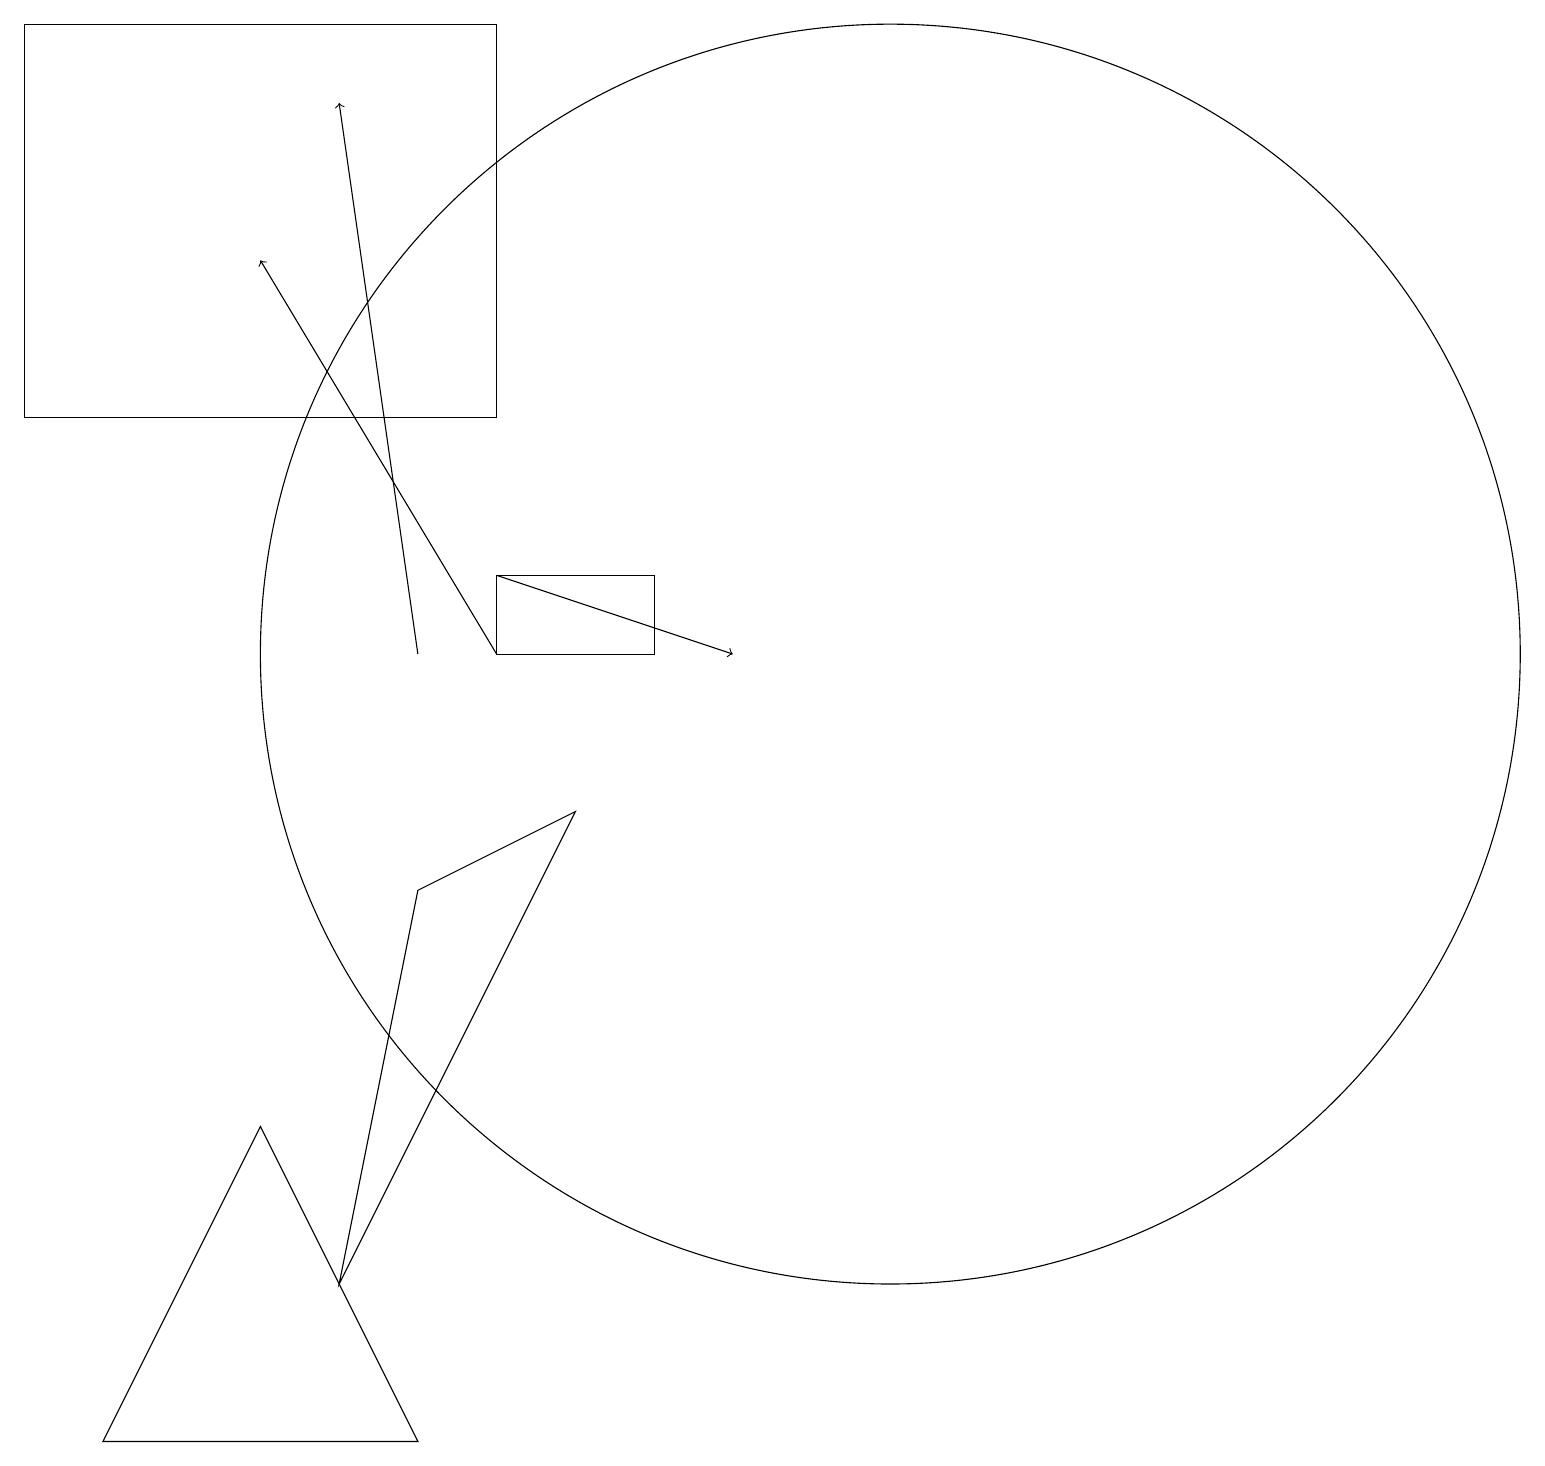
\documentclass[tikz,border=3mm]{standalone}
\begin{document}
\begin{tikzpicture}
\draw[->] (6,11) -- (9,10);
\draw (11,10) circle (8);
\draw (4,2) -- (5,7) -- (7,8) -- cycle;
\draw (8,10) rectangle (6,11);
\draw (1,0) -- (5,0) -- (3,4) -- cycle;
\draw[->] (5,10) -- (4,17);
\draw[->] (6,10) -- (3,15);
\draw (6,18) rectangle (0,13);
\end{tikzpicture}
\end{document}